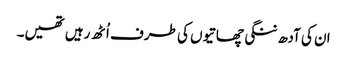
ان کی آدھ ننگی چھاتیوں کی طرف اُٹھ رہیں تھیں۔